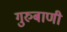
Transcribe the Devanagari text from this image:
गुरुबाणी